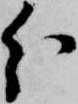
分